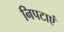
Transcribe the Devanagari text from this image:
निपटाएं